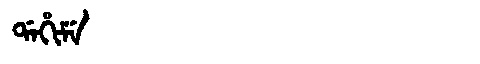
Manchu: ᡩᠠᡥᡳᠮᡝ
Romanization: DAHIME